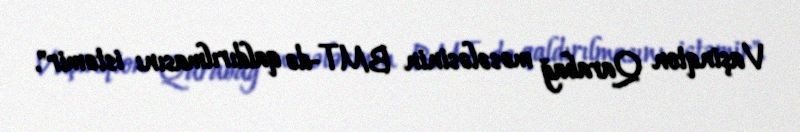
Vaşinqton Qarabağ məsələsinin BMT-də qaldırılmasını istəmir".